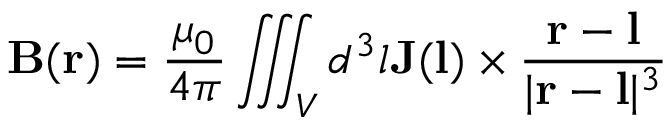
\mathbf { B } ( \mathbf { r } ) = { \frac { \mu _ { 0 } } { 4 \pi } } \iiint _ { V } d ^ { 3 } l \mathbf { J } ( \mathbf { l } ) \times { \frac { \mathbf { r } - \mathbf { l } } { | \mathbf { r } - \mathbf { l } | ^ { 3 } } }